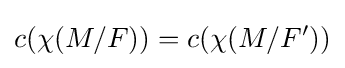
c(\chi (M/F))=c(\chi (M/F'))